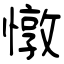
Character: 憞